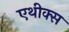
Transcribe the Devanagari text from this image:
एथीक्स